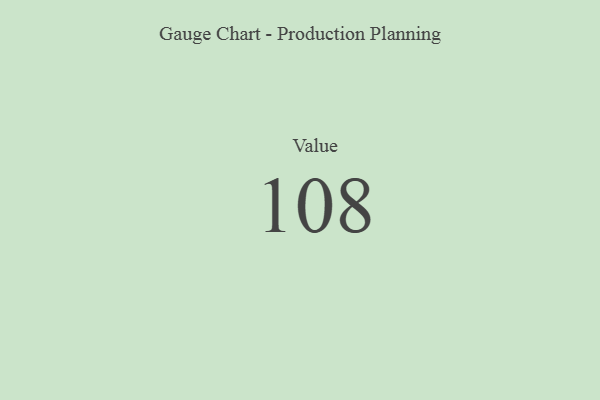
{"axis": {"x": "Metric", "y": "Value"}, "legend": [""], "data": [{"x": "Value", "y": 108, "type": ""}]}